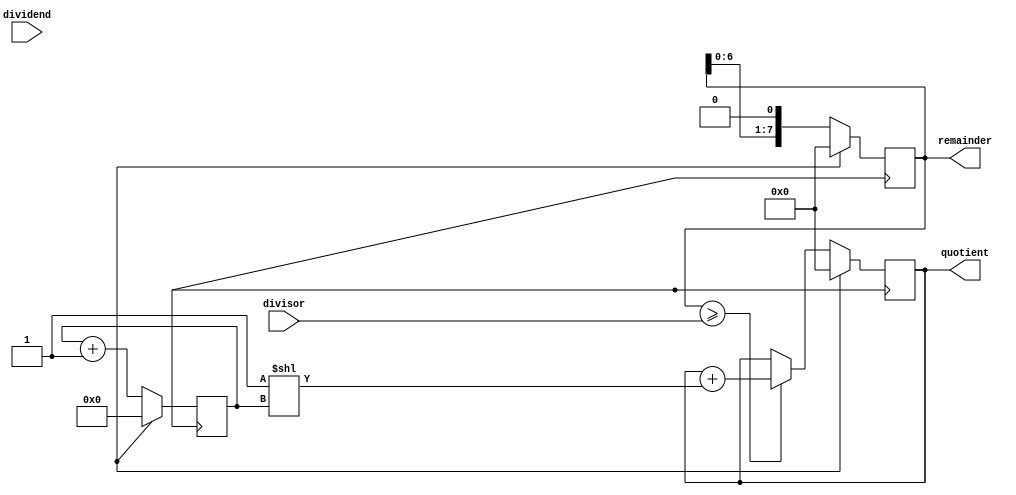
module binary_divider (
    input wire [7:0] dividend,
    input wire [7:0] divisor,
    output reg [7:0] quotient,
    output reg [7:0] remainder
);

reg [7:0] temp_dividend, temp_remainder;
reg [3:0] shift_count;

always @(posedge CLK) begin
    if (reset) begin
        temp_dividend <= dividend;
        temp_remainder <= 8'd0;
        shift_count <= 4'b0000;
        quotient <= 8'd0;
    end else begin
        // Division process
        if (temp_remainder >= divisor) begin
            temp_remainder <= temp_remainder - divisor;
            quotient <= quotient + (1 << shift_count);
        end
        temp_remainder <= temp_remainder << 1;
        shift_count <= shift_count + 1;
    end
end

assign remainder = temp_remainder;

endmodule